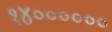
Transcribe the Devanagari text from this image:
१४००००००